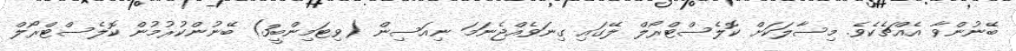
ބޭނުންވާ އެއްޗެކެވެ. މިސާލަކަށް ކޮލެސްޓްރޯލް ލޭގައި ގިނަވެއްޖެނަމަ ނިއަސިން (ވިޓަމިންބީ3) ބޭނުންކުރުމުން ކޮލެސްޓްރޯލް